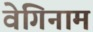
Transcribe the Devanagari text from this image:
वेगिनाम